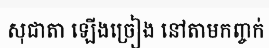
សុជាតា ឡើងច្រៀង នៅតាមកញ្ចក់